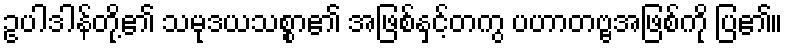
ဥပါဒါန်တို့၏ သမုဒယသစ္စာ၏ အဖြစ်နှင့်တကွ ပဟာတဗ္ဗအဖြစ်ကို ပြ၏။